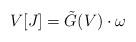
LaTeX: \begin{align*} V[J]=\tilde{G}(V)\cdot \omega\end{align*}